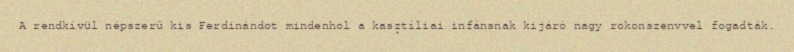
A rendkívül népszerű kis Ferdinándot mindenhol a kasztíliai infánsnak kijáró nagy rokonszenvvel fogadták.